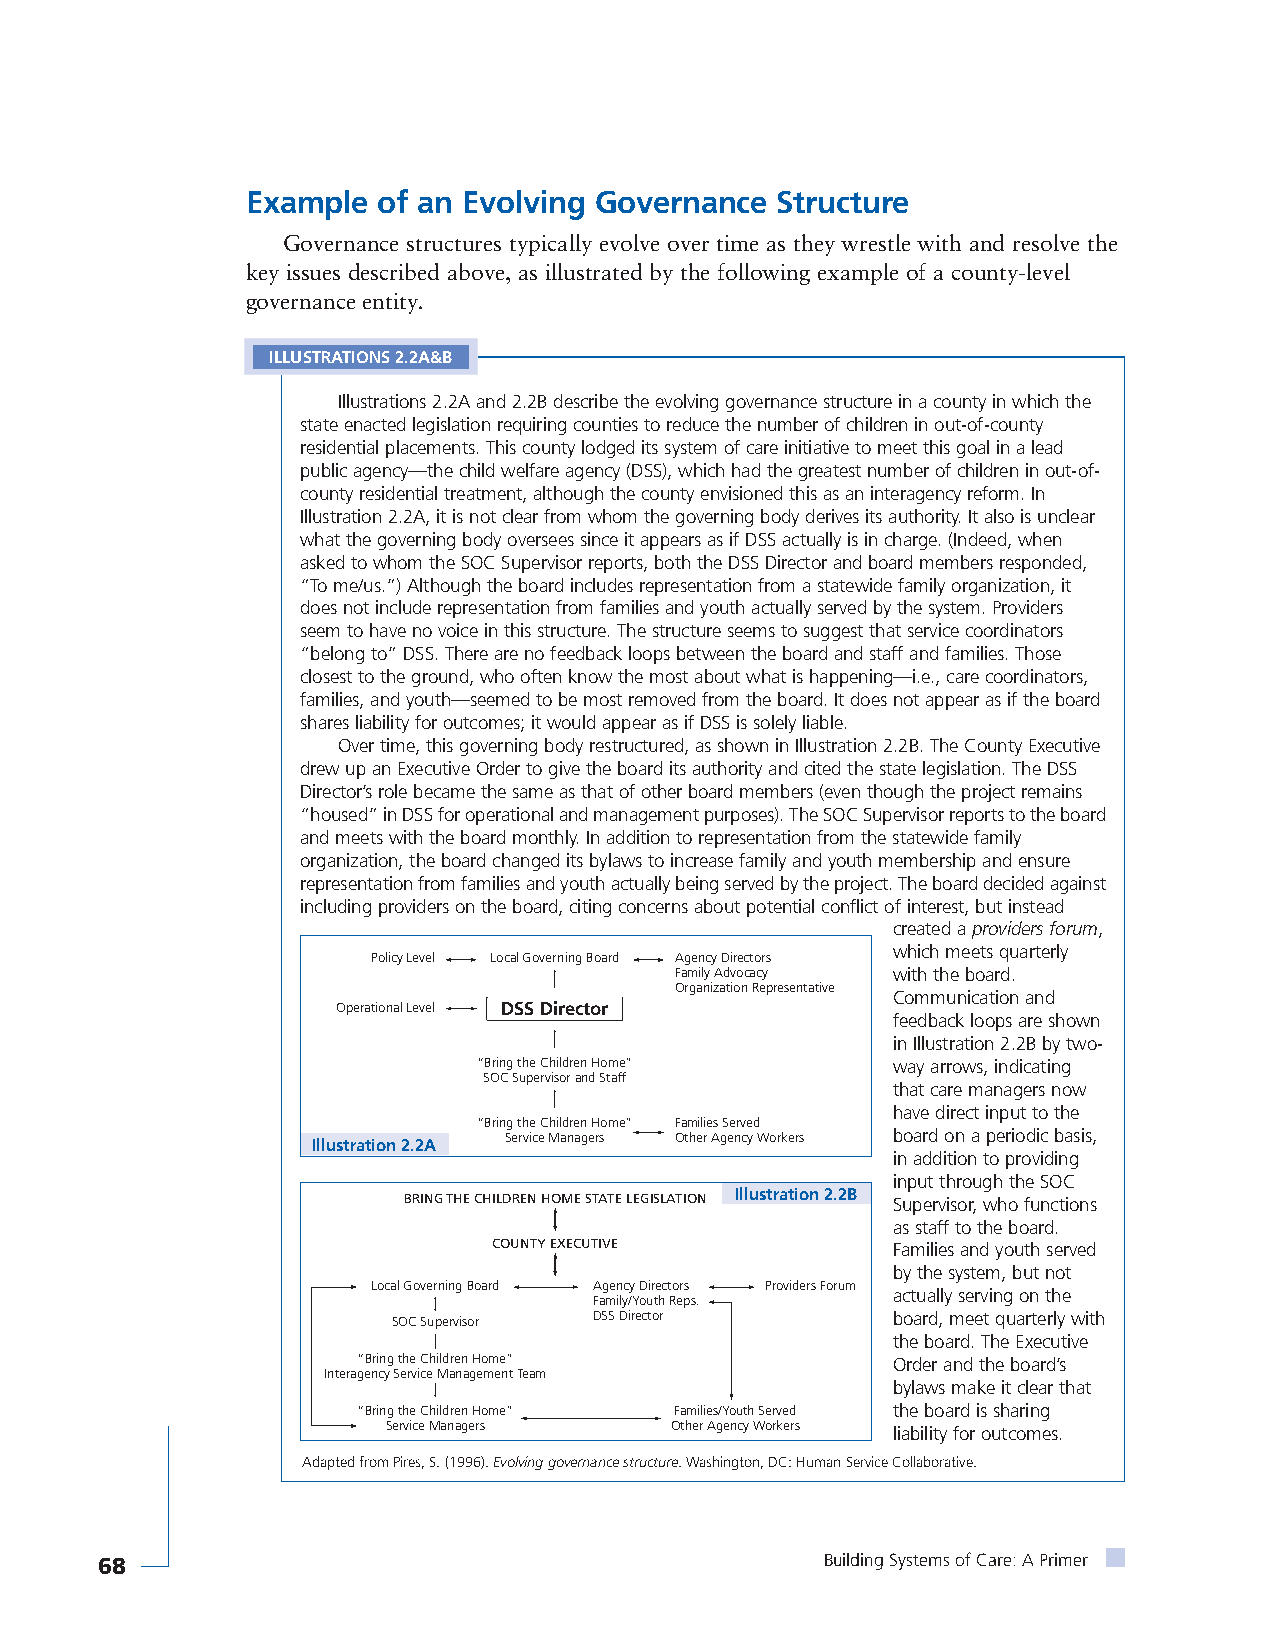
Example  of an Evolving Governance Structure
 Governance structures typically evolve over time as they wrestle with and resolve the
 key issues described above, as illustrated by the following example of a county-level
 governance entity.
 ILLUSTRATIONS 2.2A&B
 Illustrations 2.2A and 2.2B describe the evolving governance structure in a county in which the
 state enacted legislation requiring counties to reduce the number of children in out-of-county
 residential placements. This county lodged its system of care initiative to meet this goal in a lead
 public agency—the child welfare agency (DSS), which had the greatest number of children in out-of-
 county residential treatment, although the county envisioned this as an interagency reform. In
 Illustration 2.2A, it is not clear from whom the governing body derives its authority. It also is unclear
 what the governing body oversees since it appears as if DSS actually is in charge. (Indeed, when
 asked to whom the SOC Supervisor reports, both the DSS Director and board members responded,
 “To me/us.”) Although the board includes representation from a statewide family organization, it
 does not include representation from families and youth actually served by the system. Providers
 seem to have no voice in this structure. The structure seems to suggest that service coordinators
 “belong to” DSS. There are no feedback loops between the board and staff and families. Those
 closest to the ground, who often know the most about what is happening—i.e., care coordinators,
 families, and youth—seemed to be most removed from the board. It does not appear as if the board
 shares liability for outcomes; it would appear as if DSS is solely liable.
 Over time, this governing body restructured, as shown in Illustration 2.2B. The County Executive
 drew up an Executive Order to give the board its authority and cited the state legislation. The DSS
 Director’s role became the same as that of other board members (even though the project remains
 “housed” in DSS for operational and management purposes). The SOC Supervisor reports to the board
 and meets with the board monthly. In addition to representation from the statewide family
 organization, the board changed its bylaws to increase family and youth membership and ensure
 representation from families and youth actually being served by the project. The board decided against
 including providers on the board, citing concerns about potential conflict of interest, but instead
 created a providers forum,
 which meets quarterly
 Policy Level Local Governing Board Agency Directors
 Family Advocacy with the board.
 Organization Representative
 Communication and
 Operational Level DSS Director
 feedback loops are shown
 in Illustration 2.2B by two-
 “Bring the Children Home”  way arrows, indicating
 SOC Supervisor and Staff
 that care managers now
 have direct input to the
 “Bring the Children Home” Families Served
 Illustration 2.2A Service Managers Other Agency Workers board on a periodic basis,
 in addition to providing
 input through the SOC
 BRING THE CHILDREN HOME STATE LEGISLATION Illustration 2.2B Supervisor, who functions
 as staff to the board.
 COUNTY EXECUTIVE          Families and youth served
 by the system, but not
 Local Governing Board Agency Directors Providers Forum
 actually serving on the
 Family/Youth Reps.
 SOC Supervisor DSS Director      board, meet quarterly with
 the board. The Executive
 “Bring the Children Home”          Order and the board’s
 Interagency Service Management Team
 bylaws make it clear that
 “Bring the Children Home” Families/Youth Served the board is sharing
 Service Managers  Other Agency Workers liability for outcomes.
 Adapted from Pires, S. (1996). Evolving governance structure. Washington, DC: Human Service Collaborative.
 68                                               Building Systems of Care: A Primer